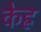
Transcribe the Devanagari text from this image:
केह्र